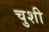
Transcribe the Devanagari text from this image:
चुशी